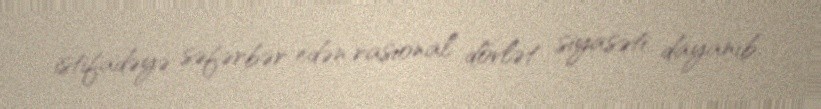
istifadəyə səfərbər edən rasional dövlət siyasəti dayanıb.